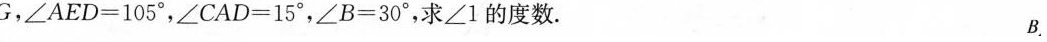
G，$$∠ A E D = 1 0 5 °$$，$$∠ C A D = 1 5 °$$，$$∠ B = 3 0 °$$，求∠1的度数。B.